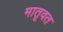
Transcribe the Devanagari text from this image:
मातृवत